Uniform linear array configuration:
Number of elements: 12
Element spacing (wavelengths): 0.5
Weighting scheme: kaiser
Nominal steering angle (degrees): -15
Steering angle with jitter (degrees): -15.637
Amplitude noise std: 0.05
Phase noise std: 0.05

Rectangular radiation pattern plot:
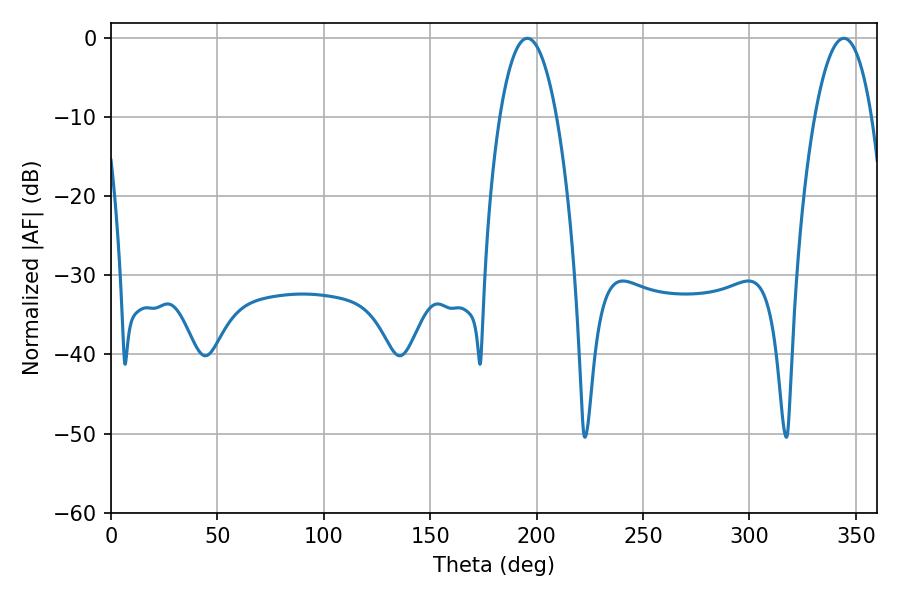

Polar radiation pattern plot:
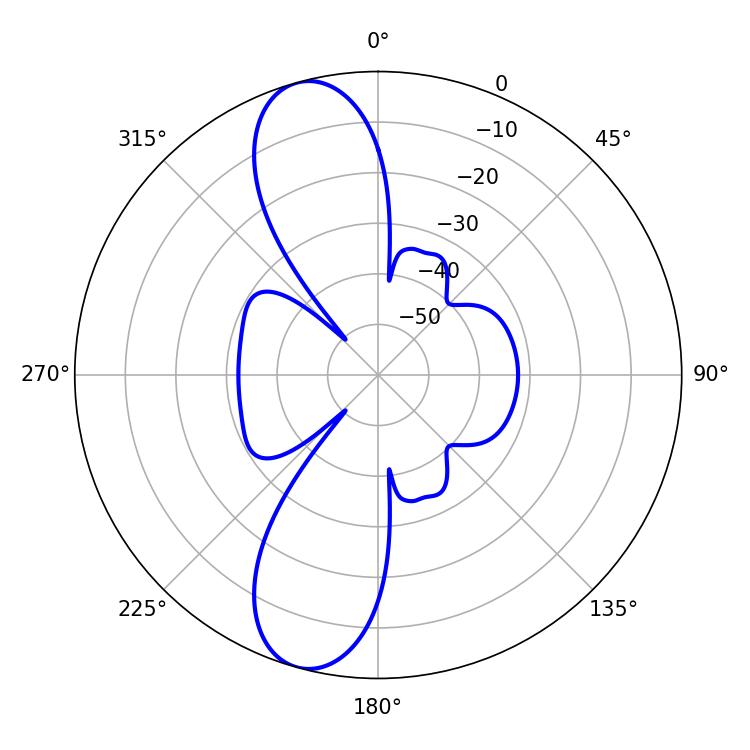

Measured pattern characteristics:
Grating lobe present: FALSE
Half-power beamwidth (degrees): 14.94
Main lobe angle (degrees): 195.66